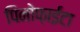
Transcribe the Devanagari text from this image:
पिनोफ़ाईटा